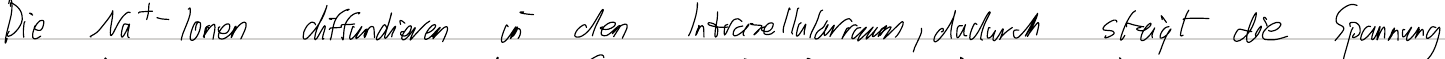
Die Na+-Ionen diffundieren in den Intrazellularraum, dadurch steigt die Spannung